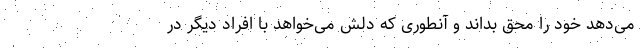
می‌دهد خود را محق بداند و آنطوری که دلش می‌خواهد با افراد دیگر در